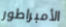
الأمبراطور